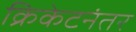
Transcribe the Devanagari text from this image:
क्रिकेटनंतर